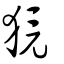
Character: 獍